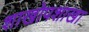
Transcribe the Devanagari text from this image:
शाखोपशाखा